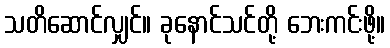
သတိဆောင်လျှင်။ ခုနောင်သင်တို့ ဘေးကင်းဖို့။